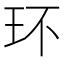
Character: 环